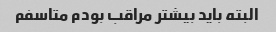
البته باید بیشتر مراقب بودم متاسفم